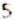
5